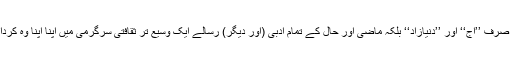
اس طرح دیکھا جائے (اور میں اسی طرح دیکھتا ہوں) تو نہ صرف ’’آج‘‘ اور ’’دنیازاد‘‘ بلکہ ماضی اور حال کے تمام ادبی (اور دیگر) رسالے ایک وسیع تر ثقافتی سرگرمی میں اپنا اپنا وہ کردار ادا کرتے رہے ہیں جو ان کے مدیروں کا طے کیا ہوا ہے۔